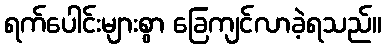
ရက်ပေါင်းများစွာ ခြေကျင်လာခဲ့ရသည်။